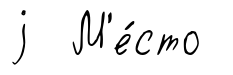
j М'е́сто